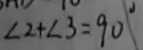
\angle 2 + \angle 3 = 9 0 ^ { \circ }